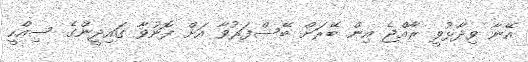
އޭނާ ވިދާޅުވީ ރާއްޖެ އިން ބޭރަށް ބޭސްފަރުވާ އަށް ފޮނުވާ ގައިދީންގެ ސިއްހީ